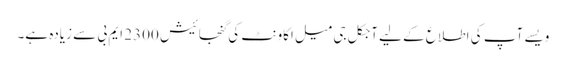
ویسے آپ کی اطلاع کے لیے آجکل جی میل اکاونٹ کی گنجائیش 2300 ایم بی سے زیادہ ہے۔